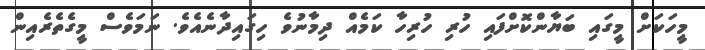
މީހަކަށް މީގައި ބަޔާންކޮށްފައި ހުރި ހުރިހާ ކަމެއް ދިމާނުވެ ހިގައިދާނެއެވެ. ނަމަވެސް މީގެތެރެއިން